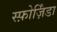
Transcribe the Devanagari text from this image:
स्फ़ोर्ज़िंडा